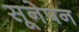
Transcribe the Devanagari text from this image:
सूनेपन